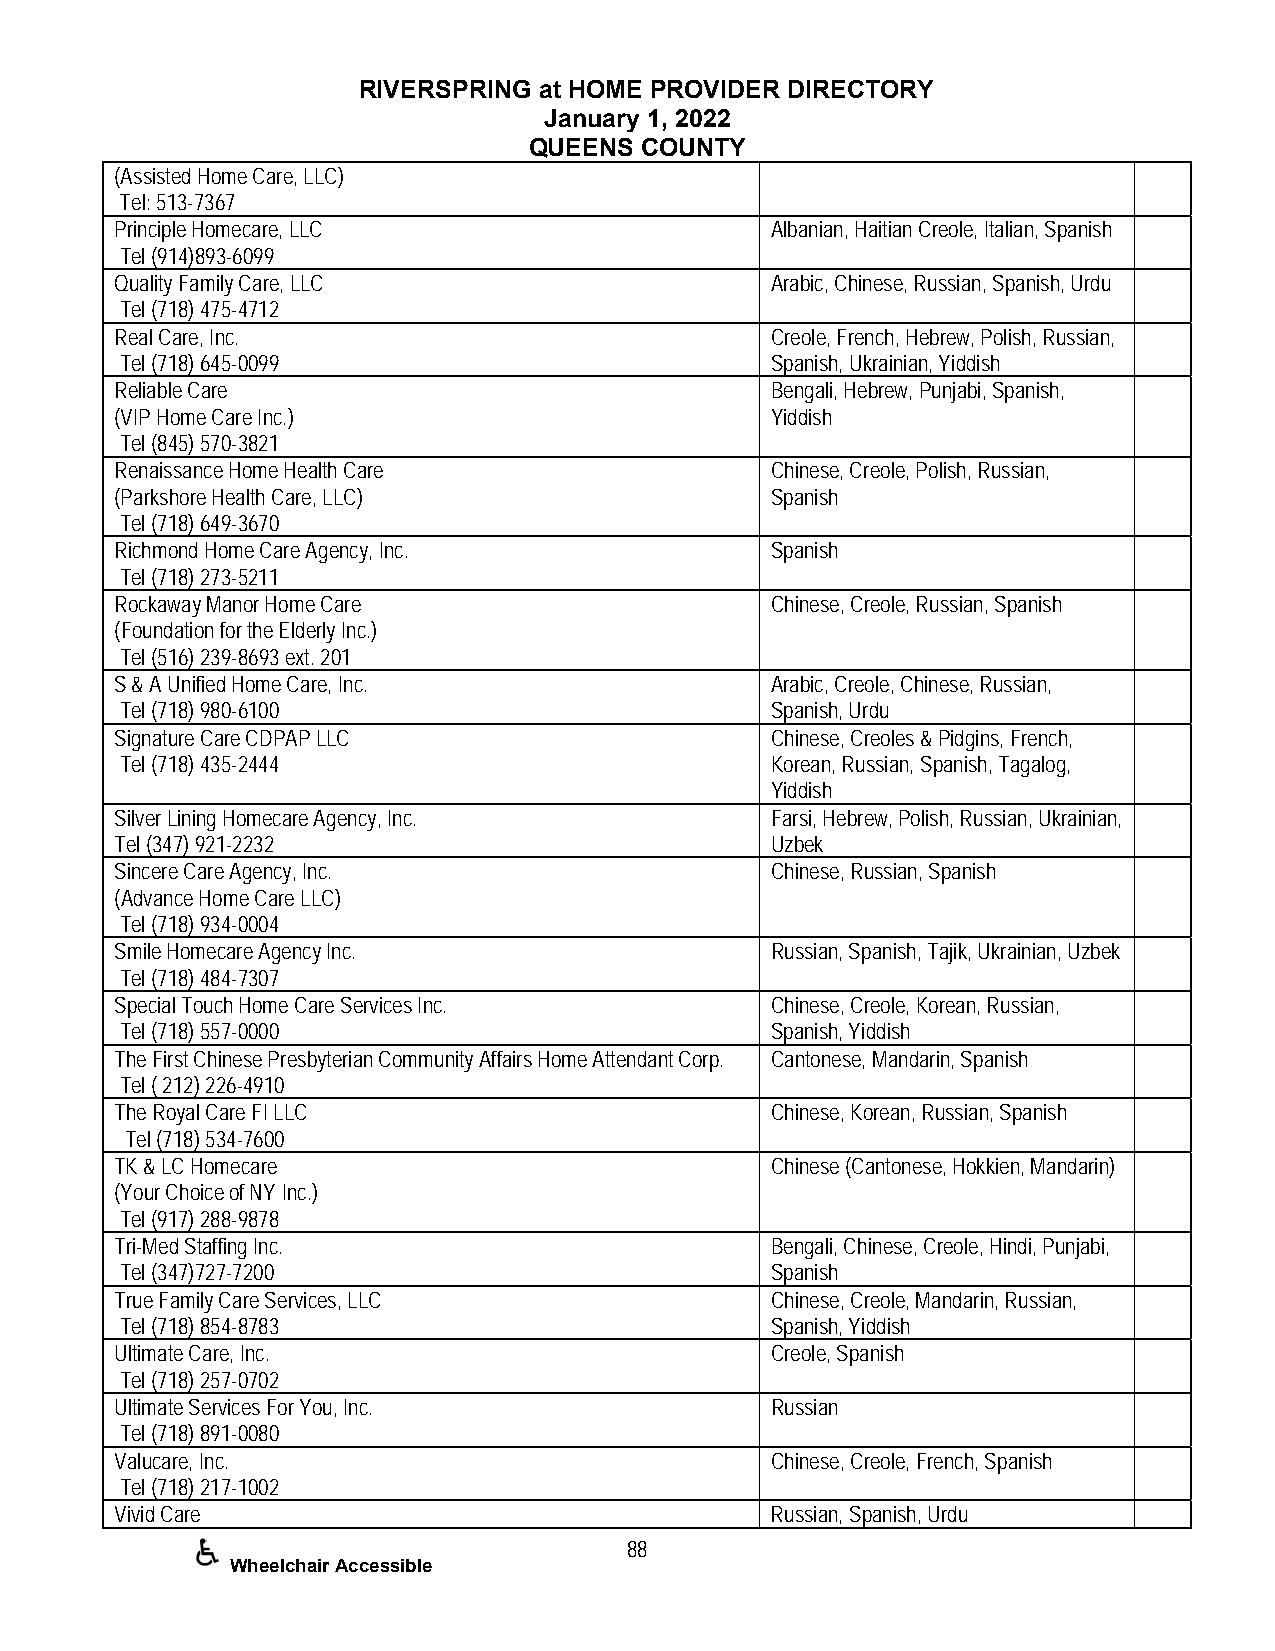
RIVERSPRING at HOME PROVIDER DIRECTORY
 January 1, 2022
 QUEENS COUNTY
 (Assisted Home Care, LLC)
 Tel: 513-7367
 Principle Homecare, LLC                    Albanian, Haitian Creole, Italian, Spanish
 Tel (914)893-6099
 Quality Family Care, LLC                   Arabic, Chinese, Russian, Spanish, Urdu
 Tel (718) 475-4712
 Real Care, Inc.                            Creole, French, Hebrew, Polish, Russian,
 Tel (718) 645-0099                         Spanish, Ukrainian, Yiddish
 Reliable Care                              Bengali, Hebrew, Punjabi, Spanish,
 (VIP Home Care Inc.)                       Yiddish
 Tel (845) 570-3821
 Renaissance Home Health Care               Chinese, Creole, Polish, Russian,
 (Parkshore Health Care, LLC)               Spanish
 Tel (718) 649-3670
 Richmond Home Care Agency, Inc.            Spanish
 Tel (718) 273-5211
 Rockaway Manor Home Care                   Chinese, Creole, Russian, Spanish
 (Foundation for the Elderly Inc.)
 Tel (516) 239-8693 ext. 201
 S & A Unified Home Care, Inc.              Arabic, Creole, Chinese, Russian,
 Tel (718) 980-6100                         Spanish, Urdu
 Signature Care CDPAP LLC                   Chinese, Creoles & Pidgins, French,
 Tel (718) 435-2444                         Korean, Russian, Spanish, Tagalog,
 Yiddish
 Silver Lining Homecare Agency, Inc.        Farsi, Hebrew, Polish, Russian, Ukrainian,
 Tel (347) 921-2232                         Uzbek
 Sincere Care Agency, Inc.                  Chinese, Russian, Spanish
 (Advance Home Care LLC)
 Tel (718) 934-0004
 Smile Homecare Agency Inc.                 Russian, Spanish, Tajik, Ukrainian, Uzbek
 Tel (718) 484-7307
 Special Touch Home Care Services Inc.      Chinese, Creole, Korean, Russian,
 Tel (718) 557-0000                         Spanish, Yiddish
 The First Chinese Presbyterian Community Affairs Home Attendant Corp. Cantonese, Mandarin, Spanish
 Tel ( 212) 226-4910
 The Royal Care FI LLC                      Chinese, Korean, Russian, Spanish
 Tel (718) 534-7600
 TK & LC Homecare                           Chinese (Cantonese, Hokkien, Mandarin)
 (Your Choice of NY Inc.)
 Tel (917) 288-9878
 Tri-Med Staffing Inc.                      Bengali, Chinese, Creole, Hindi, Punjabi,
 Tel (347)727-7200                          Spanish
 True Family Care Services, LLC             Chinese, Creole, Mandarin, Russian,
 Tel (718) 854-8783                         Spanish, Yiddish
 Ultimate Care, Inc.                        Creole, Spanish
 Tel (718) 257-0702
 Ultimate Services For You, Inc.            Russian
 Tel (718) 891-0080
 Valucare, Inc.                             Chinese, Creole, French, Spanish
 Tel (718) 217-1002
 Vivid Care                                 Russian, Spanish, Urdu
 88
 Wheelchair Accessible